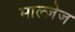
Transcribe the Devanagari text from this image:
माल्ज़ेज